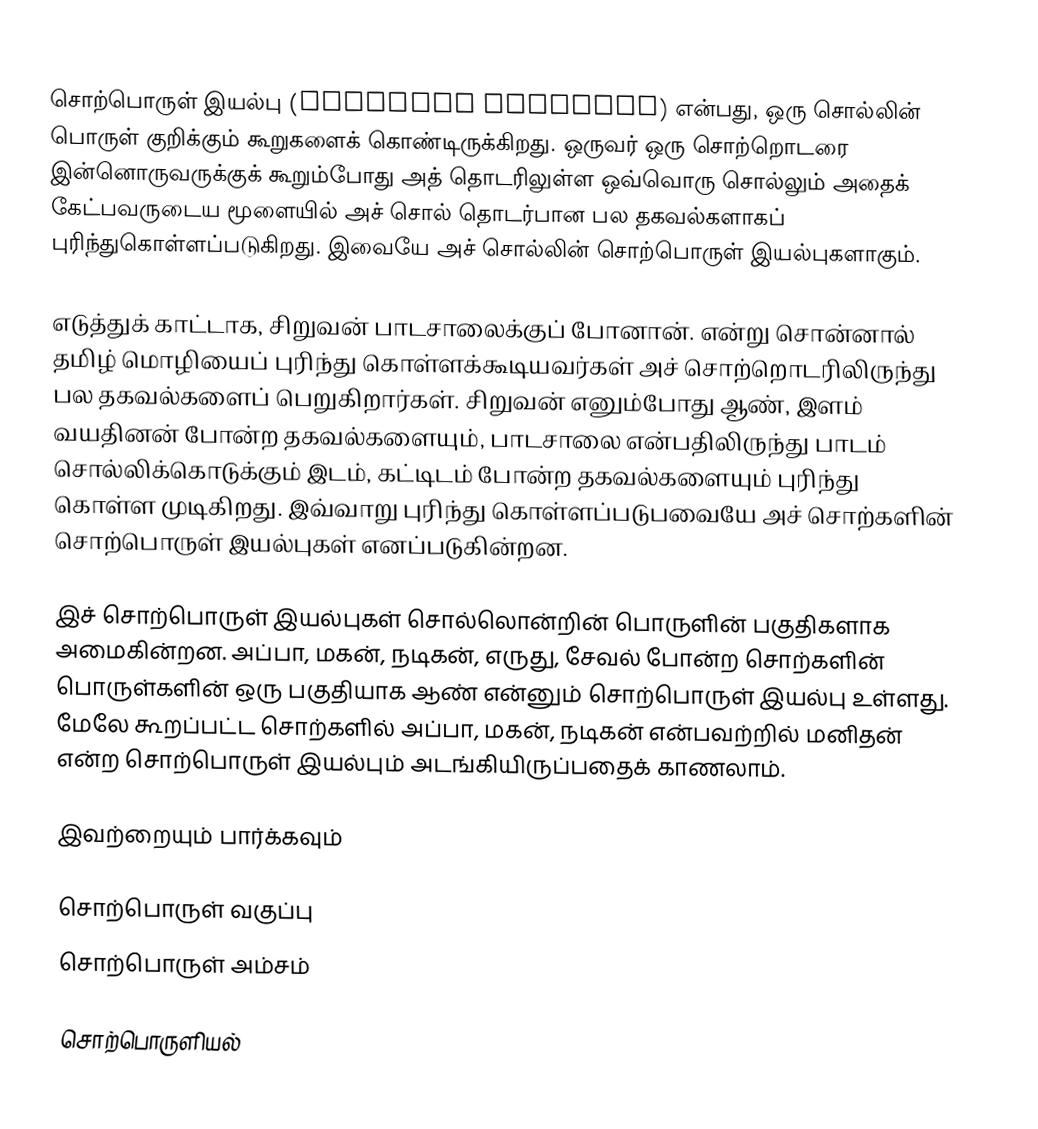
சொற்பொருள் இயல்பு (semantic property) என்பது, ஒரு சொல்லின் பொருள் குறிக்கும் கூறுகளைக் கொண்டிருக்கிறது. ஒருவர் ஒரு சொற்றொடரை இன்னொருவருக்குக் கூறும்போது அத் தொடரிலுள்ள ஒவ்வொரு சொல்லும் அதைக் கேட்பவருடைய மூளையில் அச் சொல் தொடர்பான பல தகவல்களாகப் புரிந்துகொள்ளப்படுகிறது. இவையே அச் சொல்லின் சொற்பொருள் இயல்புகளாகும்.

எடுத்துக் காட்டாக, சிறுவன் பாடசாலைக்குப் போனான். என்று சொன்னால் தமிழ் மொழியைப் புரிந்து கொள்ளக்கூடியவர்கள் அச் சொற்றொடரிலிருந்து பல தகவல்களைப் பெறுகிறார்கள். சிறுவன் எனும்போது ஆண், இளம் வயதினன் போன்ற தகவல்களையும், பாடசாலை என்பதிலிருந்து பாடம் சொல்லிக்கொடுக்கும் இடம், கட்டிடம் போன்ற தகவல்களையும் புரிந்து கொள்ள முடிகிறது. இவ்வாறு புரிந்து கொள்ளப்படுபவையே அச் சொற்களின் சொற்பொருள் இயல்புகள் எனப்படுகின்றன.

இச் சொற்பொருள் இயல்புகள் சொல்லொன்றின் பொருளின் பகுதிகளாக அமைகின்றன. அப்பா, மகன், நடிகன், எருது, சேவல் போன்ற சொற்களின் பொருள்களின் ஒரு பகுதியாக ஆண் என்னும் சொற்பொருள் இயல்பு உள்ளது.  மேலே கூறப்பட்ட சொற்களில் அப்பா, மகன், நடிகன் என்பவற்றில் மனிதன் என்ற சொற்பொருள் இயல்பும் அடங்கியிருப்பதைக் காணலாம்.

இவற்றையும் பார்க்கவும்

 சொற்பொருள் வகுப்பு
 சொற்பொருள் அம்சம்

சொற்பொருளியல்